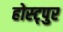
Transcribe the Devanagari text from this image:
होस्ट्पुर